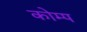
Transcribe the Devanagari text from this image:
कोम्प